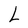
Character: L